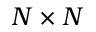
N \times N